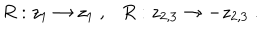
R : z _ { 1 } \rightarrow z _ { 1 } ~ , R : z _ { 2 , 3 } \rightarrow - z _ { 2 , 3 } ~ .